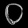
Digit: ၀